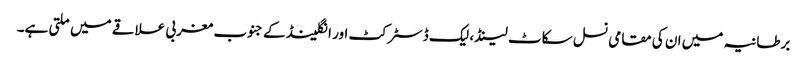
برطانیہ میں ان کی مقامی نسل سکاٹ لینڈ، لیک ڈسٹرکٹ اور انگلینڈ کے جنوب مغربی علاقے میں ملتی ہے۔